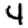
Digit: 4